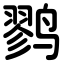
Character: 鹨